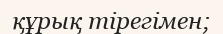
құрық тірегімен;